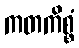
ကတကိစ္စံ